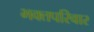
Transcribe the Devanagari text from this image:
भक्तपरिवार